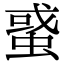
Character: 𧌒